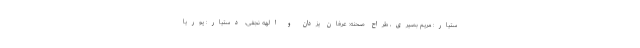
ستیار: مریم بصیری، طراح صحنه: عرفان یزدان و الهه نجفی، دستیار: پوریا